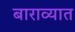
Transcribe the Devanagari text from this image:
बाराव्यात